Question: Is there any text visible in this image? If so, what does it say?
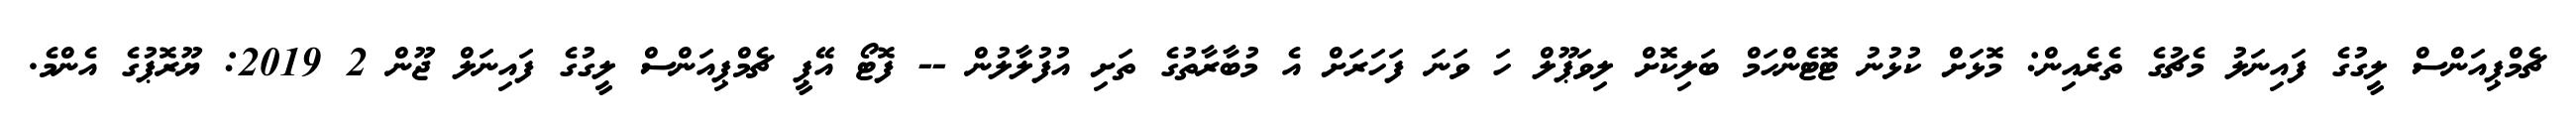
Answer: ޗެމްޕިއަންސް ލީގުގެ ފައިނަލު މެޗުގެ ތެރެއިން: މޮޅަށް ކުޅުނު ޓޮޓެންހަމް ބަލިކޮށް ލިވަޕޫލް ހަ ވަނަ ފަހަރަށް އެ މުބާރާތުގެ ތަށި އުފުލާލުން -- ފޮޓޯ އޭޕީ ޗެމްޕިއަންސް ލީގުގެ ފައިނަލް ޖޫން 2 2019: ޔޫރޮޕުގެ އެންމެ.